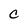
Character: c